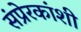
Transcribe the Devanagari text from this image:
संप्रेरकांशी